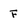
Character: F